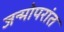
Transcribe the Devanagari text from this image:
जन्मोपरांत